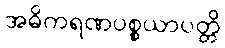
အဓိကရဏပစ္စယာပတ္တိ